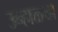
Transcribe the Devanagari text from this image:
उन्हाळ्या